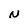
Character: N